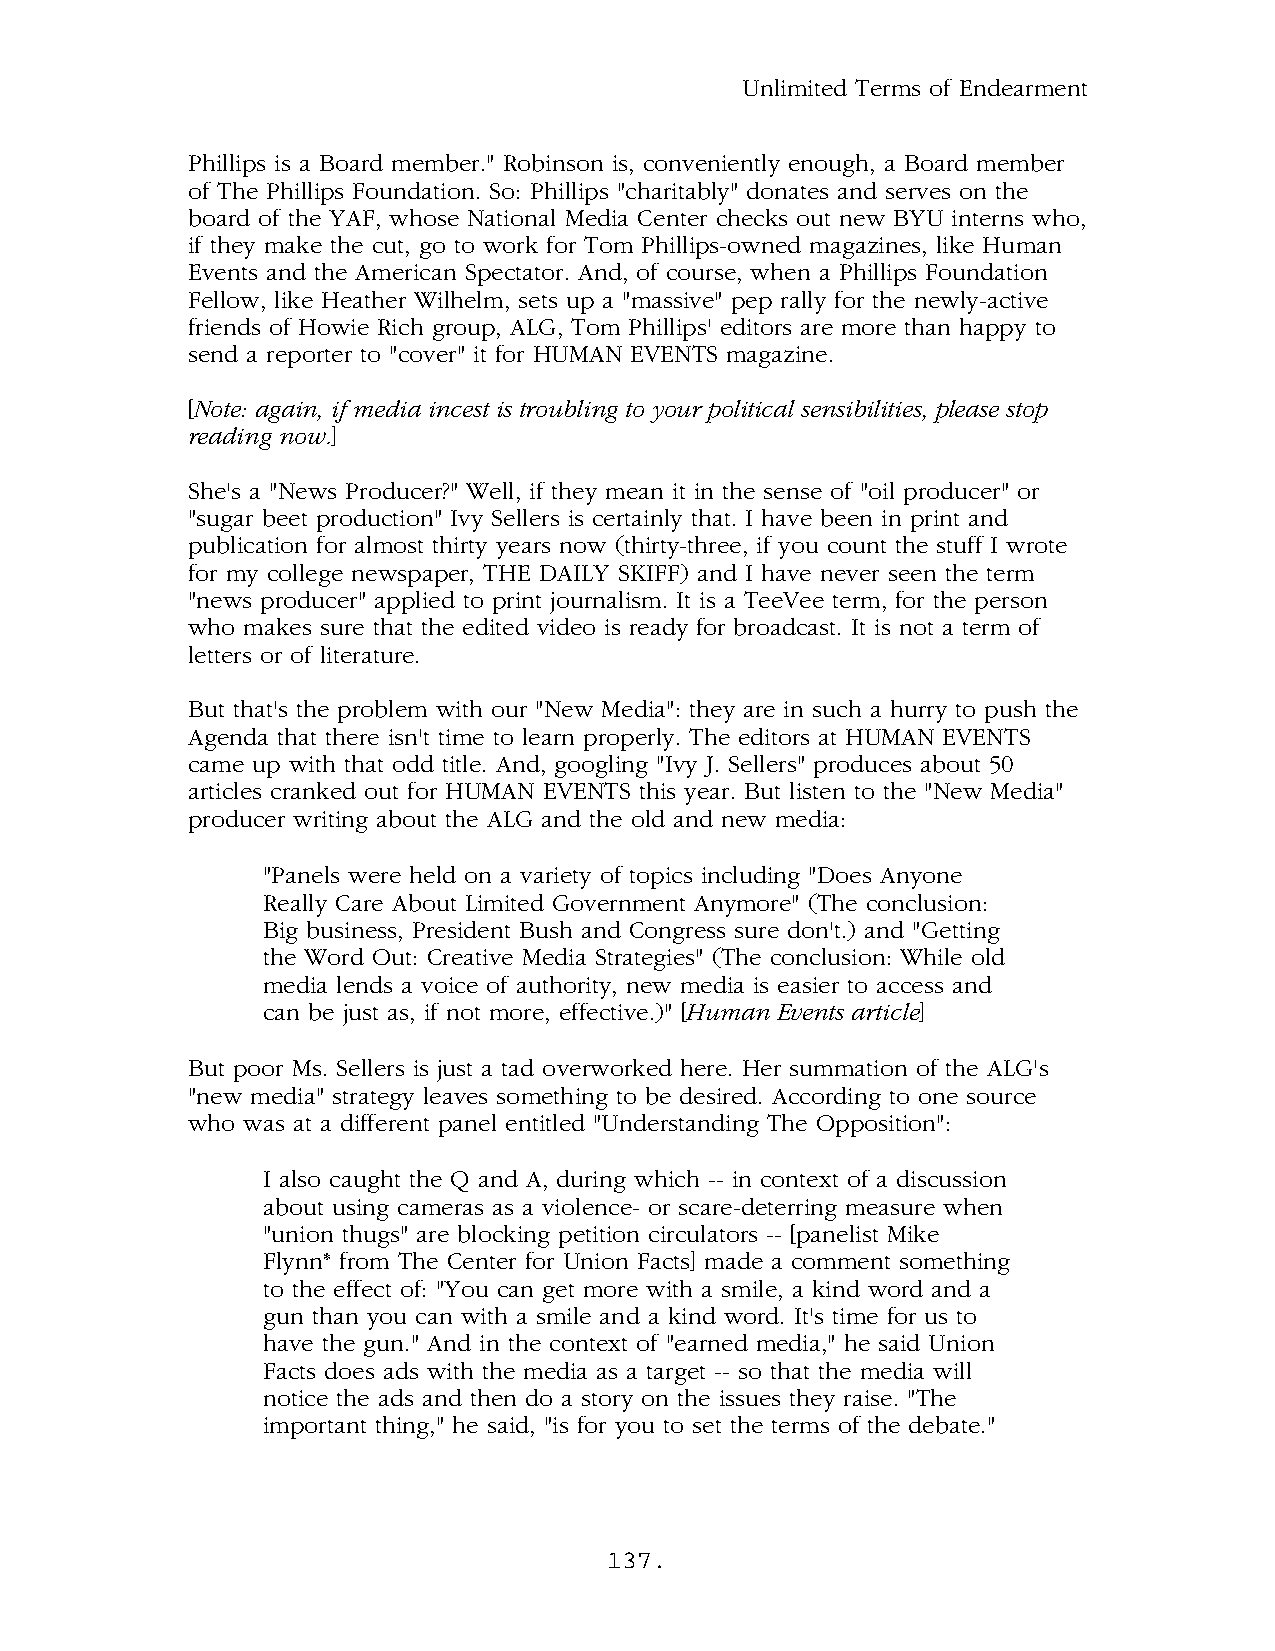
Unlimited Terms of Endearment
 Phillips is a Board member." Robinson is, conveniently enough, a Board member
 of The Phillips Foundation. So: Phillips "charitably" donates and serves on the
 board of the YAF, whose National Media Center checks out new BYU interns who,
 if they make the cut, go to work for Tom Phillips-owned magazines, like Human
 Events and the American Spectator. And, of course, when a Phillips Foundation
 Fellow, like Heather Wilhelm, sets up a "massive" pep rally for the newly-active
 friends of Howie Rich group, ALG, Tom Phillips' editors are more than happy to
 send a reporter to "cover" it for HUMAN EVENTS magazine.
 [Note: again, if media incest is troubling to your political sensibilities, please stop
 reading now.]
 She's a "News Producer?" Well, if they mean it in the sense of "oil producer" or
 "sugar beet production" Ivy Sellers is certainly that. I have been in print and
 publication for almost thirty years now (thirty-three, if you count the stuff I wrote
 for my college newspaper, THE DAILY SKIFF) and I have never seen the term
 "news producer" applied to print journalism. It is a TeeVee term, for the person
 who makes sure that the edited video is ready for broadcast. It is not a term of
 letters or of literature.
 But that's the problem with our "New Media": they are in such a hurry to push the
 Agenda that there isn't time to learn properly. The editors at HUMAN EVENTS
 came up with that odd title. And, googling "Ivy J. Sellers" produces about 50
 articles cranked out for HUMAN EVENTS this year. But listen to the "New Media"
 producer writing about the ALG and the old and new media:
 "Panels were held on a variety of topics including "Does Anyone
 Really Care About Limited Government Anymore" (The conclusion:
 Big business, President Bush and Congress sure don't.) and "Getting
 the Word Out: Creative Media Strategies" (The conclusion: While old
 media lends a voice of authority, new media is easier to access and
 can be just as, if not more, effective.)" [Human Events article]
 But poor Ms. Sellers is just a tad overworked here. Her summation of the ALG's
 "new media" strategy leaves something to be desired. According to one source
 who was at a different panel entitled "Understanding The Opposition":
 I also caught the Q and A, during which -- in context of a discussion
 about using cameras as a violence- or scare-deterring measure when
 "union thugs" are blocking petition circulators -- [panelist Mike
 Flynn* from The Center for Union Facts] made a comment something
 to the effect of: "You can get more with a smile, a kind word and a
 gun than you can with a smile and a kind word. It's time for us to
 have the gun." And in the context of "earned media," he said Union
 Facts does ads with the media as a target -- so that the media will
 notice the ads and then do a story on the issues they raise. "The
 important thing," he said, "is for you to set the terms of the debate."
 137.